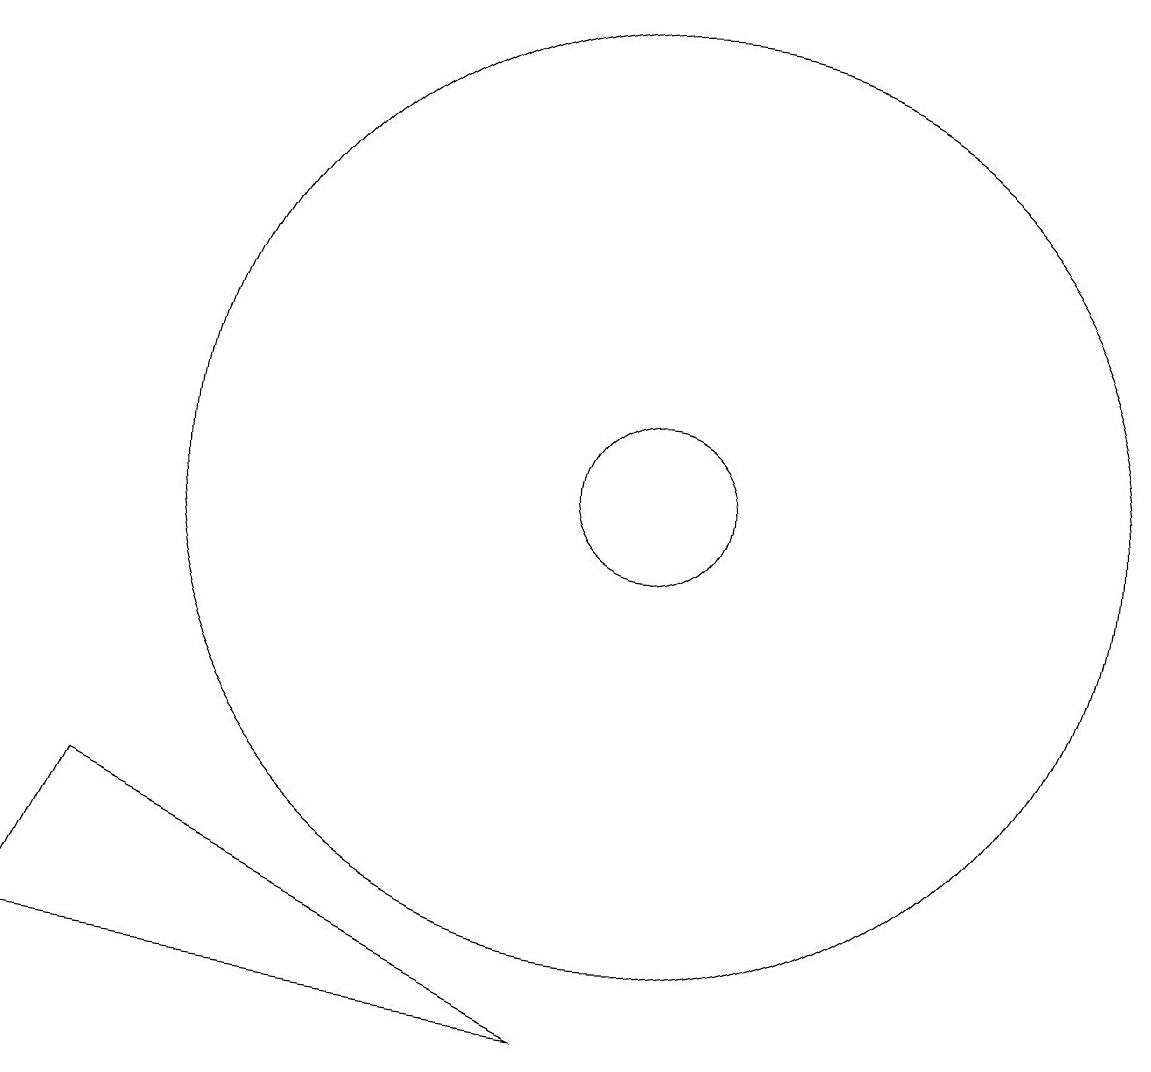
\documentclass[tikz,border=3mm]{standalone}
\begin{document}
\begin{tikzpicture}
\draw (10,10) circle (1);
\draw (9,3) -- (2,4) -- (3,6) -- cycle;
\draw (10,10) circle (6);
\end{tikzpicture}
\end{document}